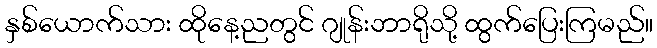
နှစ်ယောက်သား ထိုနေ့ညတွင် ဂျုန်းဘာရိုသို့ ထွက်ပြေးကြမည်။